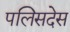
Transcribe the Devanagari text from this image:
पलिसदेस